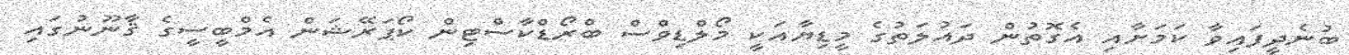
ބުނެދީފައިވާ ކަމަށާއި އެގޮތުން ދައުލަތުގެ މީޑިޔާއަކީ މޯލްޑިވްސް ބްރޯޑްކާސްޓިން ކޯޕަރޭޝަން އެމްބީސީގެ ޤާނޫނުގައި